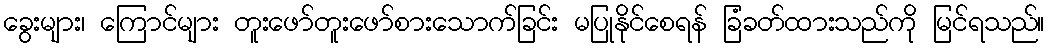
ခွေးများ၊ ကြောင်များ တူးဖော်တူးဖော်စားသောက်ခြင်း မပြုနိုင်စေရန် ခြံခတ်ထားသည်ကို မြင်ရသည်။